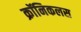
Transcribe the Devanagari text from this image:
क्रॉनिकलस